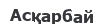
Асқарбай